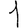
Digit: 1